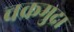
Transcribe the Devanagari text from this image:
चक्रमुद्रा